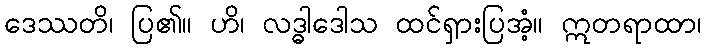
ဒေဿတိ၊ ပြ၏။ ဟိ၊ လဒ္ဓါဒေါသ ထင်ရှားပြအံ့။ ဣတရာထာ၊